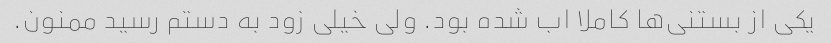
یکی از بستنی‌ها کاملا اب شده بود. ولی خیلی زود به دستم رسید ممنون.